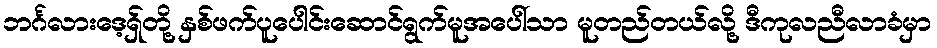
ဘင်္ဂလားဒေ့ရှ်တို့ နှစ်ဖက်ပူပေါင်းဆောင်ရွက်မူအပေါ်သာ မူတည်တယ်လို့ ဒီကုလညီလာခံမှာ